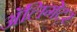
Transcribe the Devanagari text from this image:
अॅलिगेटर